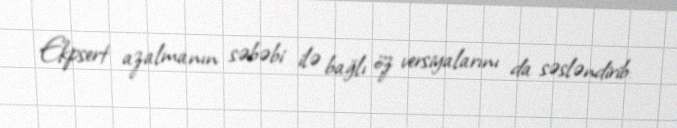
Ekpsert azalmanın səbəbi ilə bağlı öz versiyalarını da səsləndirib: